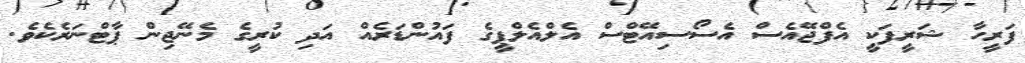
ފަރީހާ ޝަރީފަކީ އެފްޖޭއެސް އެސޯސިއޭޓްސް އެލްއެލްޕީގެ ފައުންޑަރެއް އަދި ކުރީގެ މެނޭޖިން ޕާޓްނަރެކެވެ.